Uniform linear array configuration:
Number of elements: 8
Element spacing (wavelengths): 0.5
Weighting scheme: binomial
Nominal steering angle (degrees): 0
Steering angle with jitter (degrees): -0.3394
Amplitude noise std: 0.05
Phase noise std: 0.05

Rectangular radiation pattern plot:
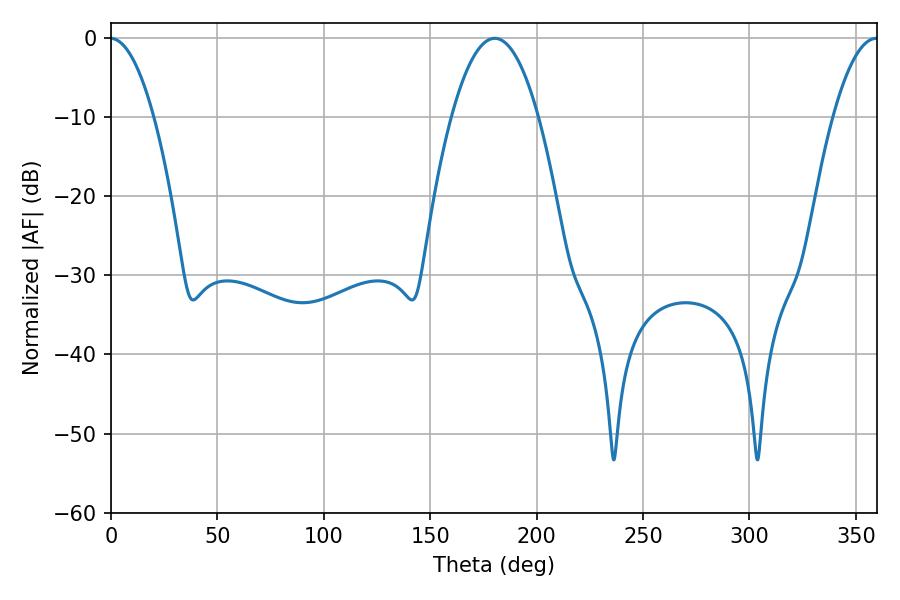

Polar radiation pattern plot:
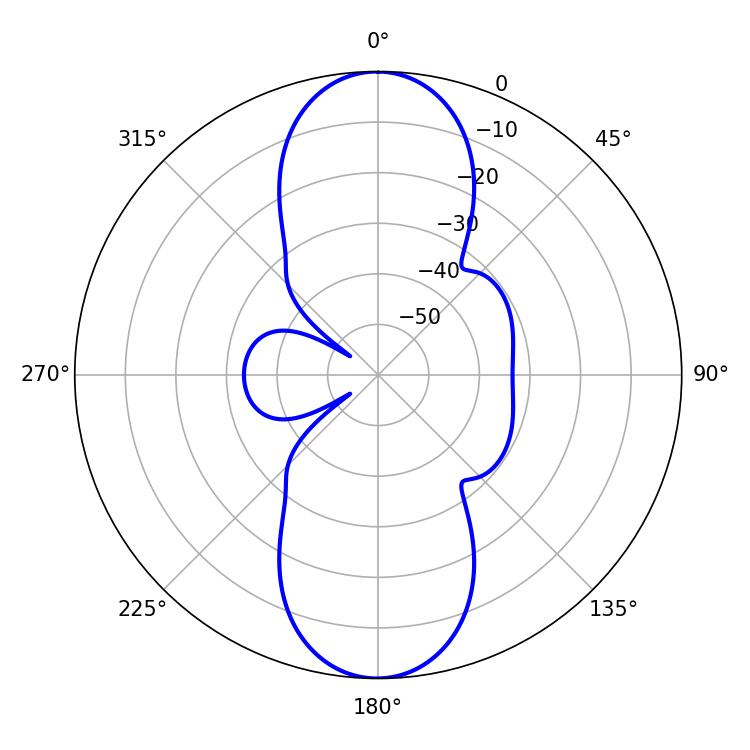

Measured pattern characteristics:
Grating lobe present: FALSE
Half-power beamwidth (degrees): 22.5
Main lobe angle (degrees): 180.36